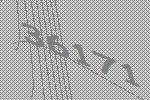
36171